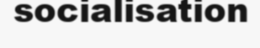
socialisation